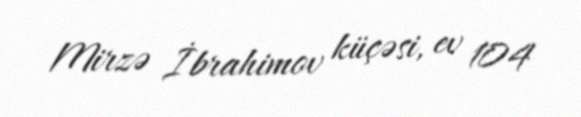
Mirzə İbrahimov küçəsi, ev 104